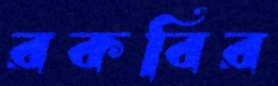
রকবির